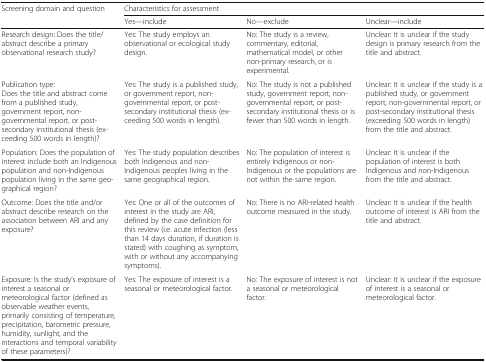
<table><thead><tr><td rowspan="2"><b>Screening domain and question</b></td><td colspan="3"><b>Characteristics for assessment</b></td></tr><tr><td><b>Yes—include</b></td><td><b>No—exclude</b></td><td><b>Unclear—include</b></td></tr></thead><tbody><tr><td>Research design: Does the title/abstract describe a primary observational research study?</td><td>Yes: The study employs an observational or ecological study design.</td><td>No: The study is a review, commentary, editorial, mathematical model, or other non-primary research, or is experimental.</td><td>Unclear: It is unclear if the study design is primary research from the title and abstract.</td></tr><tr><td>Publication type:Does the title and abstract come from a published study, government report, non-governmental report, or post-secondary institutional thesis (exceeding 500 words in length)?</td><td>Yes: The study is a published study, or government report, non-governmental report, or post-secondary institutional thesis (exceeding 500 words in length).</td><td>No: The study is not a published study, government report, non-governmental report, or post-secondary institutional thesis or is fewer than 500 words in length.</td><td>Unclear: It is unclear if the study is a published study, or government report, non-governmental report, or post-secondary institutional thesis (exceeding 500 words in length) from the title and abstract.</td></tr><tr><td>Population: Does the population of interest include both an Indigenous population and non-Indigenous population living in the same geographical region?</td><td>Yes: The study population describes both Indigenous and non-Indigenous peoples living in the same geographical region.</td><td>No: The population of interest is entirely Indigenous or non-Indigenous or the populations are not within the same region.</td><td>Unclear: It is unclear if the population of interest is both Indigenous and non-Indigenous from the title and abstract.</td></tr><tr><td>Outcome: Does the title and/or abstract describe research on the association between ARI and any exposure?</td><td>Yes: One or all of the outcomes of interest in the study are ARI, defined by the case definition for this review (i.e. acute infection (less than 14 days duration, if duration is stated) with coughing as symptom, with or without any accompanying symptoms).</td><td>No: There is no ARI-related health outcome measured in the study.</td><td>Unclear: It is unclear if the health outcome of interest is ARI from the title and abstract.</td></tr><tr><td>Exposure: Is the study’s exposure of interest a seasonal or meteorological factor (defined as observable weather events, primarily consisting of temperature, precipitation, barometric pressure, humidity, sunlight, and the interactions and temporal variability of these parameters)?</td><td>Yes: The exposure of interest is a seasonal or meteorological factor.</td><td>No: The exposure of interest is not a seasonal or meteorological factor.</td><td>Unclear: It is unclear if the exposure of interest is a seasonal or meteorological factor.</td></tr></tbody></table>